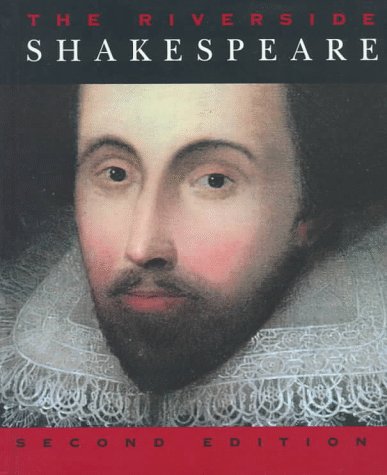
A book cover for The Riverside Shakespeare, 2nd Edition; William Shakespeare; Literature & Fiction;